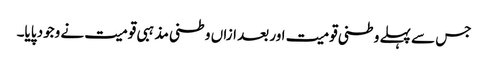
جس سے پہلے وطنی قومیت اور بعد ازاں وطنی مذہبی قومیت نے وجود پایا۔